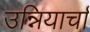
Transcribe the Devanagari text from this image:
उन्नियार्चा